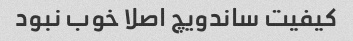
کیفیت ساندویچ اصلا خوب نبود